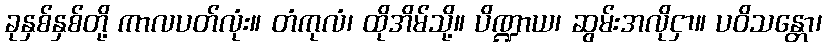
ခုနှစ်နှစ်တို့ ကာလပတ်လုံး။ တံကုလံ၊ ထိုအိမ်သို့။ ပိဏ္ဍာယ၊ ဆွမ်းအလိုငှာ။ ပဝိသန္တော၊